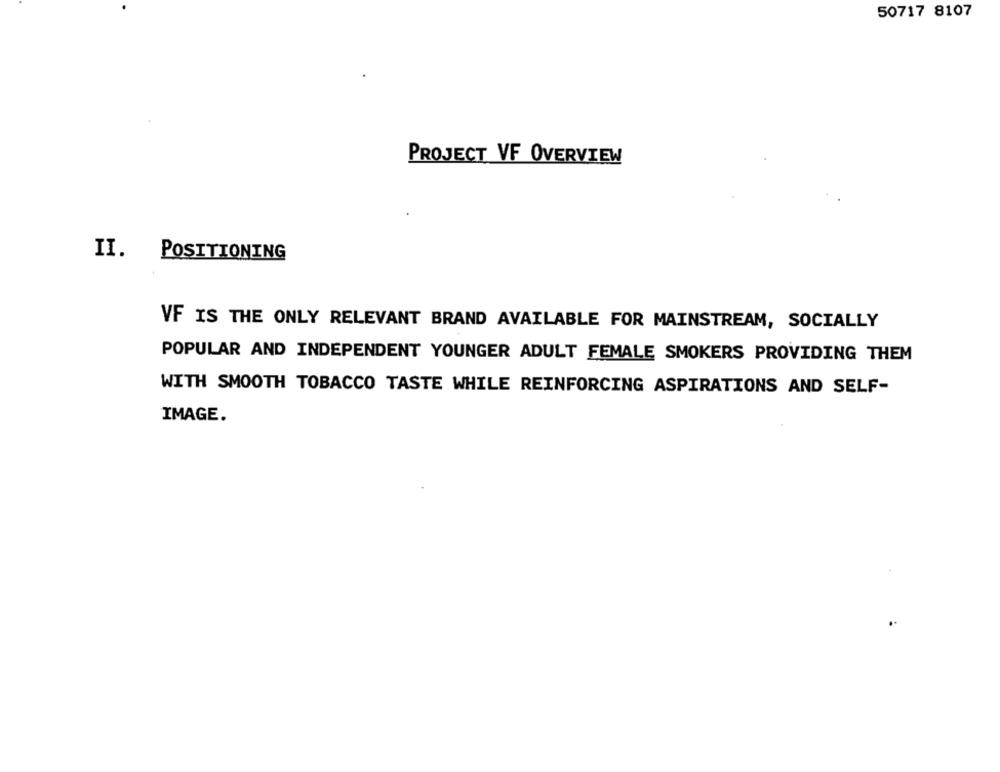
50717 8107
PROJECT VF OVERVIEW
II. POSITIONING
VF IS THE ONLY RELEVANT BRAND AVAILABLE FOR MAINSTREAM, SOCIALLY
POPULAR AND INDEPENDENT YOUNGER ADULT FEMALE SMOKERS PROVIDING THEM
WITH SMOOTH TOBACCO TASTE WHILE REINFORCING ASPIRATIONS AND SELF-
IMAGE.